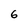
Character: 6